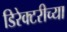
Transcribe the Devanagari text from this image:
डिरेक्टरीच्या